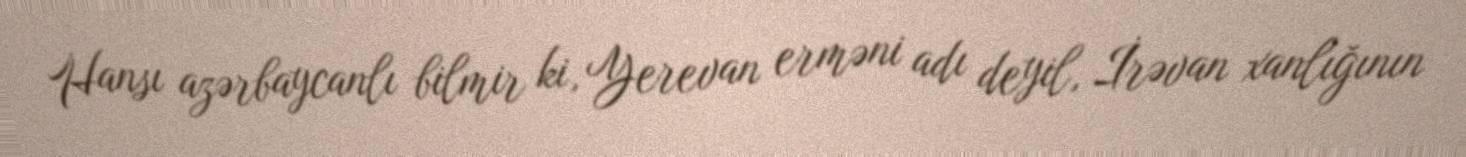
Hansı azərbaycanlı bilmir ki, Yerevan erməni adı deyil, İrəvan xanlığının